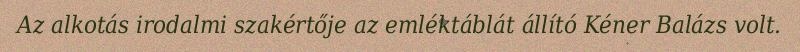
Az alkotás irodalmi szakértője az emléktáblát állító Kéner Balázs volt.